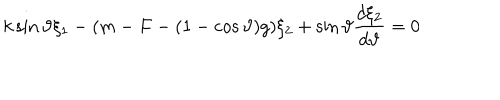
LaTeX: k \sin \vartheta \xi _ { 1 } - ( m - F - ( 1 - \cos \vartheta ) g ) \xi _ { 2 } + \sin \vartheta \frac { d \xi _ { 2 } } { d \vartheta } = 0